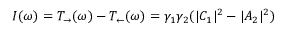
I ( \omega ) = T _ { \rightarrow } ( \omega ) - T _ { \leftarrow } ( \omega ) = \gamma _ { 1 } \gamma _ { 2 } ( | C _ { 1 } | ^ { 2 } - | A _ { 2 } | ^ { 2 } )